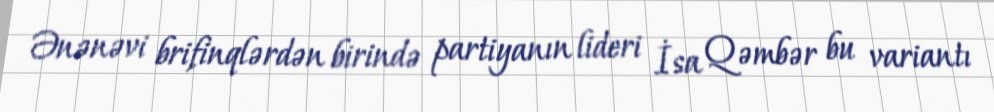
Ənənəvi brifinqlərdən birində partiyanın lideri İsa Qəmbər bu variantı